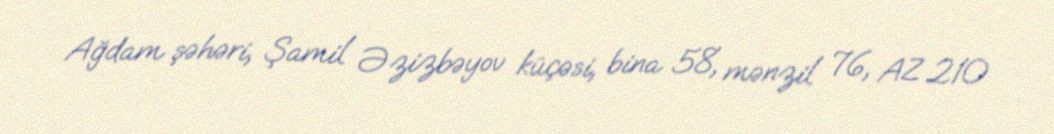
Ağdam şəhəri, Şamil Əzizbəyov küçəsi, bina 58, mənzil 76, AZ 210